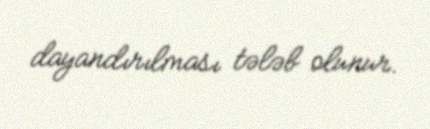
dayandırılması tələb olunur.